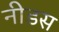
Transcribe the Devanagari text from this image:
नीडस